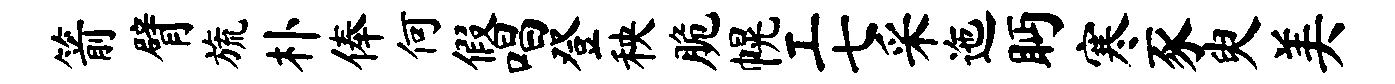
箭臂旒朴俸何假唱登秧脆幌工七采迤眄寒豕臾美